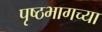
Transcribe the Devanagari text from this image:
पृष्ठभागच्या